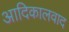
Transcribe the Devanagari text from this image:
आदिकालवाद